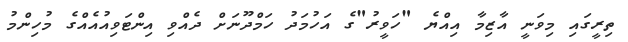
ތިރީގައި މިވަނީ އާޒިމާ އިއްޔެ "ހަވީރު"ގެ އަހުމަދު ހަމްދޫނަށް ދެއްވި އިންޓަވިއުއެއްގެ މުހިންމު